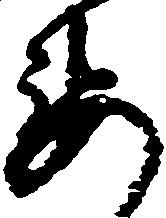
要